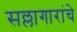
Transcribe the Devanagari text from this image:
सल्लागारांचे